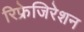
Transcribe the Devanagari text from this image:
रिफ्रेजिरेशन